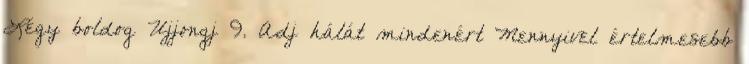
Légy boldog Ujjongj 9. Adj hálát mindenért Mennyivel értelmesebb